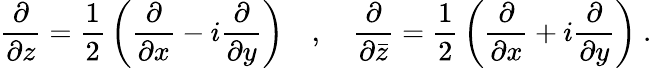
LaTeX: {\frac{\partial}{\partial z}}={\frac{1}{2}}\left({\frac{\partial}{\partial x}}-i{\frac{\partial}{\partial y}}\right)\quad,\quad{\frac{\partial}{\partial{\bar{z}}}}={\frac{1}{2}}\left({\frac{\partial}{\partial x}}+i{\frac{\partial}{\partial y}}\right)\ .